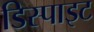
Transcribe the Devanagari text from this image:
डिस्पाइट